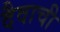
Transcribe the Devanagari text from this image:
दैवाची